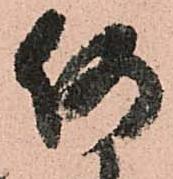
何